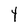
Character: Y